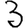
Digit: 3